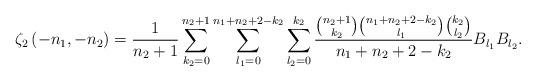
LaTeX: \begin{align*}\zeta_{2}\left(-n_{1},-n_{2}\right)=\frac{1}{n_{2}+1}\sum_{k_{2}=0}^{n_{2}+1}\sum_{l_{1}=0}^{n_{1}+n_{2}+2-k_{2}}\sum_{l_{2}=0}^{k_{2}}\frac{\binom{n_{2}+1}{k_{2}}\binom{n_{1}+n_{2}+2-k_{2}}{l_{1}}\binom{k_{2}}{l_{2}}}{n_{1}+n_{2}+2-k_{2}}B_{l_{1}}B_{l_{2}}.\end{align*}